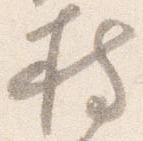
持